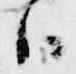
ハ